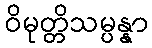
ဝိမုတ္တိသမ္ပန္နာ